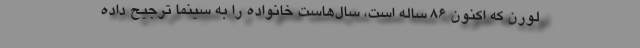
لورن که اکنون ۸۶ ساله است، سال‌هاست خانواده را به سینما ترجیح داده